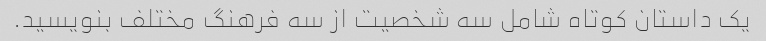
یک داستان کوتاه شامل سه شخصیت از سه فرهنگ مختلف بنویسید.